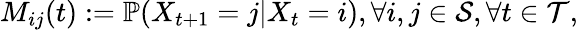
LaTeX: M_{ij}(t):=\mathbb{P}(X_{t+1}=j|X_{t}=i),\forall i,j\in\mathcal{S},\forall t\in\mathcal{T},